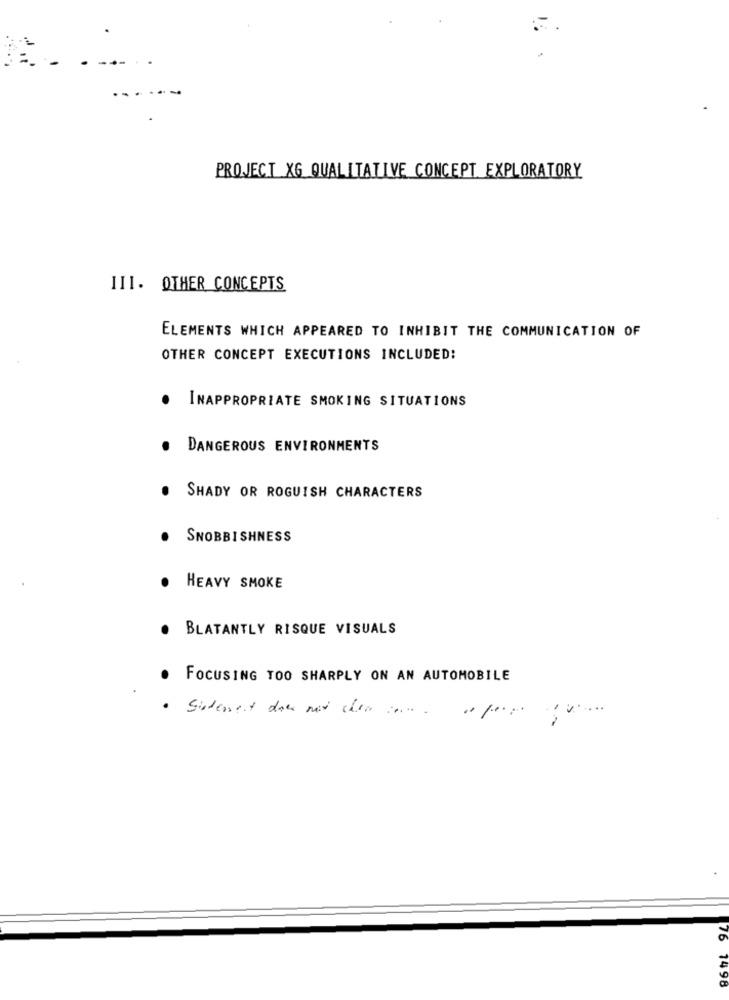
PROJECT XG QUALITATIVE CONCEPT EXPLORATORY
III. OTHER CONCEPTS
ELEMENTS WHICH APPEARED TO INHIBIT THE COMMUNICATION OF
OTHER CONCEPT EXECUTIONS INCLUDED:
INAPPROPRIATE SMOKING SITUATIONS
DANGEROUS ENVIRONMENTS
SHADY OR ROGUISH CHARACTERS
SNOBBISHNESS
HEAVY SMOKE
BLATANTLY RISQUE VISUALS
FOCUSING TOO SHARPLY ON AN AUTOMOBILE
· Sindement das mit chez za .. . penge ! v ...
76 7498